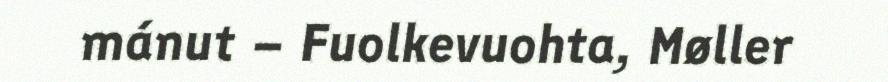
mánut – Fuolkevuohta, Møller